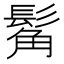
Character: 𩭛